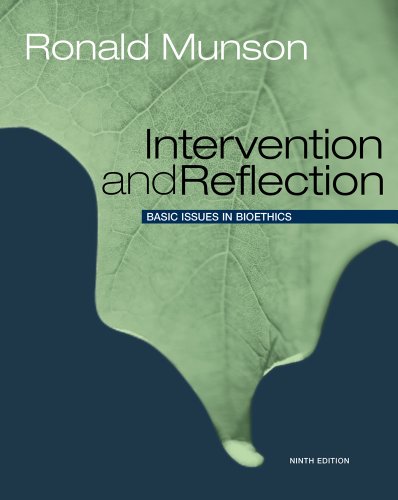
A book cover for Intervention and Reflection: Basic Issues in Bioethics; Ronald Munson; Medical Books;